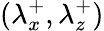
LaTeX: ({\lambda}_{x}^{+},{\lambda}_{z}^{+})